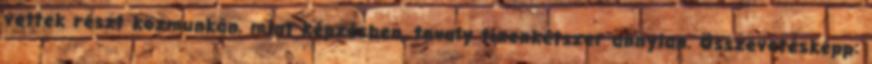
vettek részt közmunkán, mint képzésben, tavaly tizenkétszer annyian. Összevetésképp: